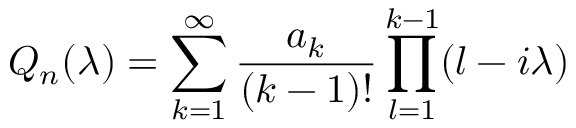
Q _ { n } ( \lambda ) = \sum _ { k = 1 } ^ { \infty } \frac { a _ { k } } { ( k - 1 ) ! } \prod _ { l = 1 } ^ { k - 1 } ( l - i \lambda )